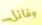
وقاتل